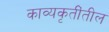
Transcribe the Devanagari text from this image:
काव्यकृतींतील